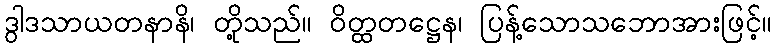
ဒွါဒသာယတနာနိ၊ တို့သည်။ ဝိတ္ထတဋ္ဌေန၊ ပြန့်သောသဘောအားဖြင့်။